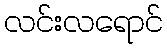
လင်းလရောင်